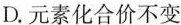
D.元素化合价不变